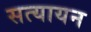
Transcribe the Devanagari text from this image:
सत्यायन